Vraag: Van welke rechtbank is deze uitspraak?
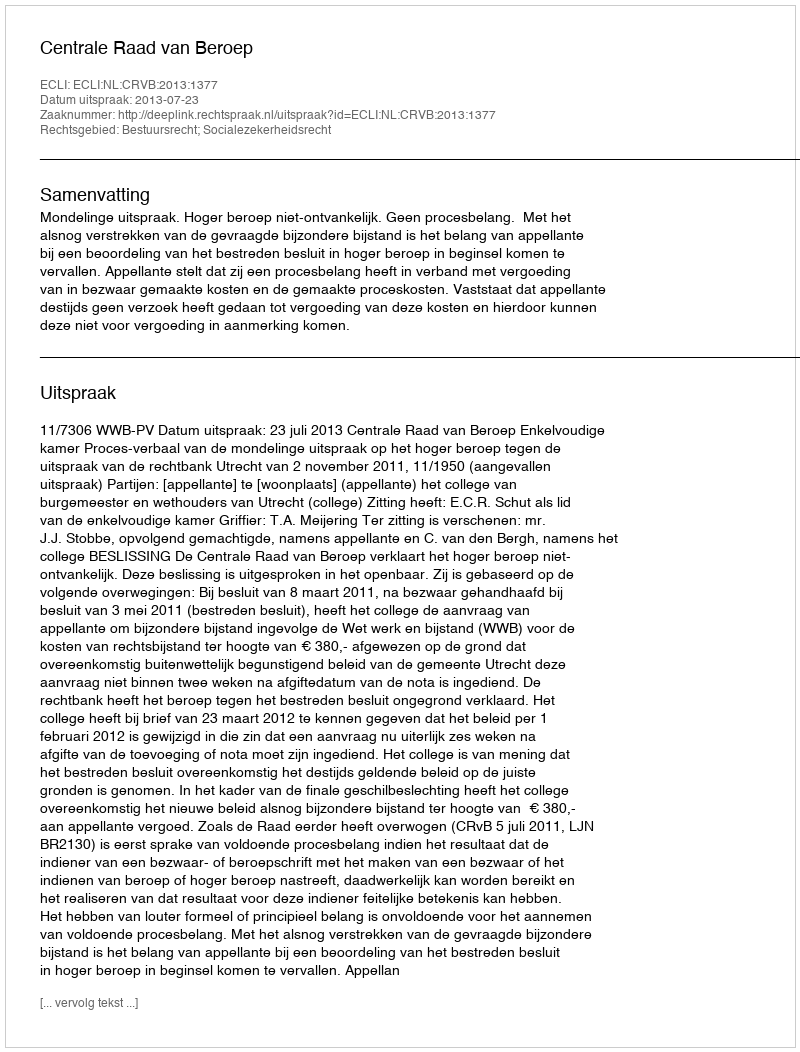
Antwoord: Centrale Raad van Beroep